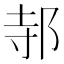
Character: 邿